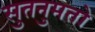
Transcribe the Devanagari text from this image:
सुतनुमतो